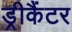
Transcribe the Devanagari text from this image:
ड्रीकैंटर